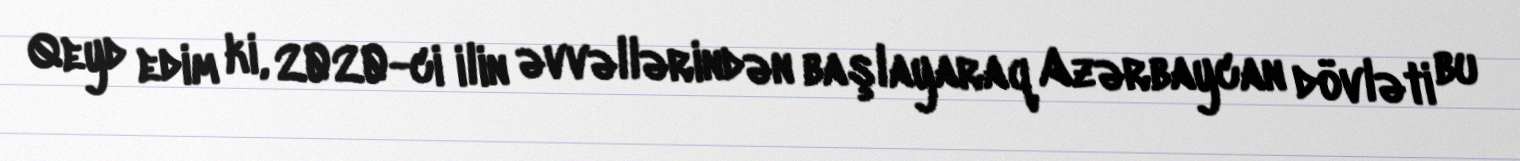
Qeyd edim ki, 2020-ci ilin əvvəllərindən başlayaraq Azərbaycan dövləti bu